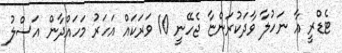
ޓެޑްރީ އާ ނަހުލާ ވާދަކުރަންޏާ ޖެހޭނީ 10 ވަރަކައް އަހަރު މަހައްދާން އަސްލު